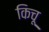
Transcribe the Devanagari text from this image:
किचू